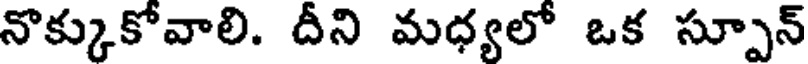
నొక్కుకోవాలి. దీని మధ్యలో ఒక స్పూన్